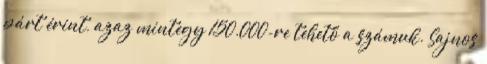
párt érint, azaz mintegy 150.000-re tehető a számuk. Sajnos